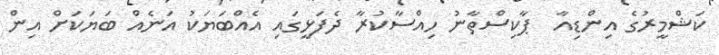
ކަޝްމީރުގެ އިންޑިއާ  ޕާކިސްތާނު ހިއްސާކުރާ ދެފަޅީގައި އެއްބަޔަކު އަނެއް ބަޔަކަށް އިން